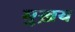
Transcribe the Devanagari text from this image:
मुख़य